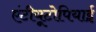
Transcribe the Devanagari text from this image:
एंटीयूटोपियाई